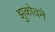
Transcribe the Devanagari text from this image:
झुकोवने